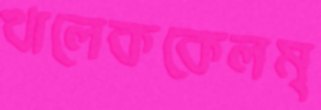
খালেককেলম্